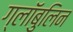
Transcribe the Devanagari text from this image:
ग्लॉबुलिन